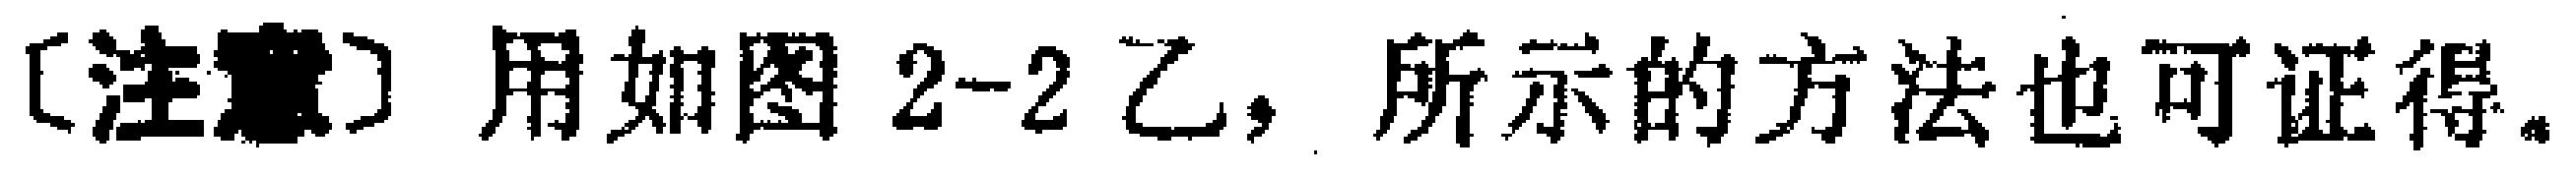
〔注意〕用如图 2-2 乙，所示的方法也可证得。